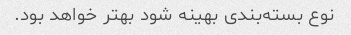
نوع بسته‌بندی بهینه شود بهتر خواهد بود.